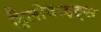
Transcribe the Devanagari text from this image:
ट्रिलोबाइट्स